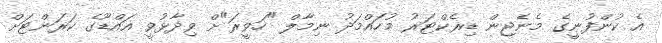
އެ ކުންފުނީގެ މެނެޖިން ޑިރެކްޓަރު މުހައްމަދު ނިމާލް "ހަވީރަ"ށް ވިދާޅުވީ އައްޑޫގެ ކަރަންޓަށް